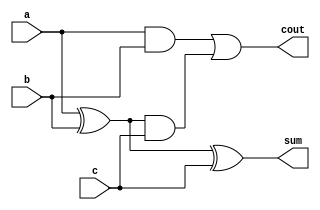

module FA(a, b, c, cout, sum);

    input a, b, c;
    output cout, sum;
    wire   e1, e2, e3;

    xor (e1, a, b);
    and (e2, a, b);
    and (e3, e1, c);
    or	(cout,e2, e3);
    xor  (sum, e1, c);

endmodule